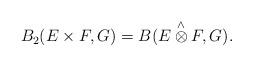
LaTeX: \begin{align*}B_2(E\times F, G) = B(E \overset{\wedge}{\otimes} F,G).\end{align*}